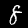
Label: 8